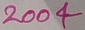
Text: 2004